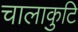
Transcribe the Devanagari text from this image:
चालाकुटि